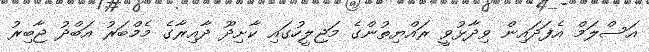
އަސްލަމް އެފަދައިން ވިދާޅުވީ ރައްޔިތުންގެ މަޖިލީހުގައި ކާށިދޫ ދާއިރާގެ މެމްބަރު އަބްދު ޖާބިރު